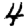
Digit: 4